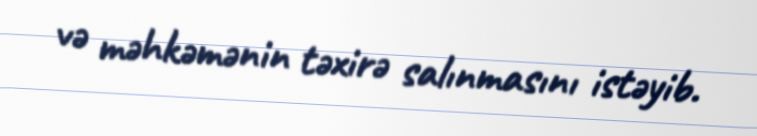
və məhkəmənin təxirə salınmasını istəyib.